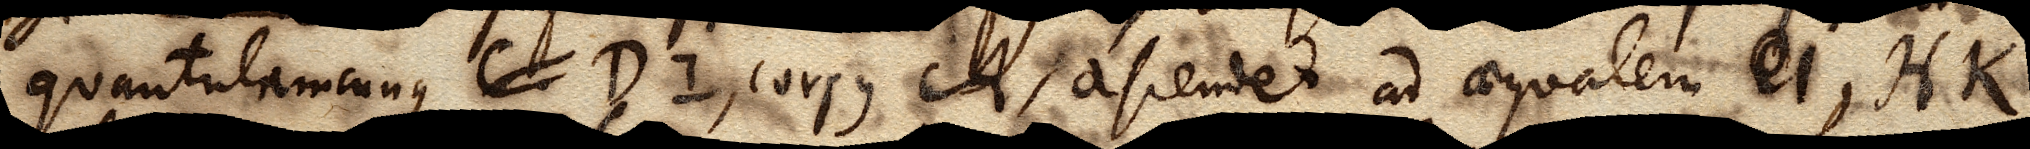
quantulamqunque C DI, corpus A ascendet ad aequalem C I, HK.